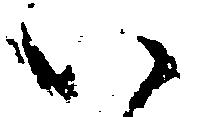
い